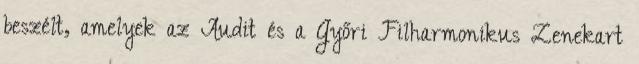
beszélt, amelyek az Audit és a Győri Filharmonikus Zenekart